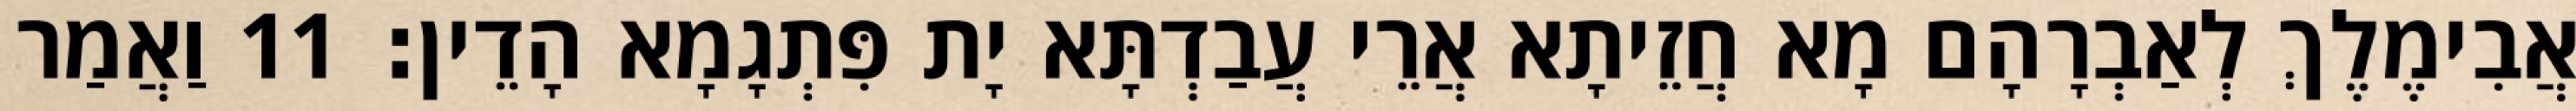
אֲבִימֶלֶךְ לְאַבְרָהָם מָא חֲזֵיתָא אֲרֵי עֲבַדְתָּא יָת פִּתְגָמָא הָדֵין׃ 11 וַאֲמַר